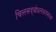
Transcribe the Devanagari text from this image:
चित्तसद्बोधनक्षत्रमाला